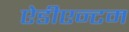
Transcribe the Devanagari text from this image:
ऐडीएन्टम